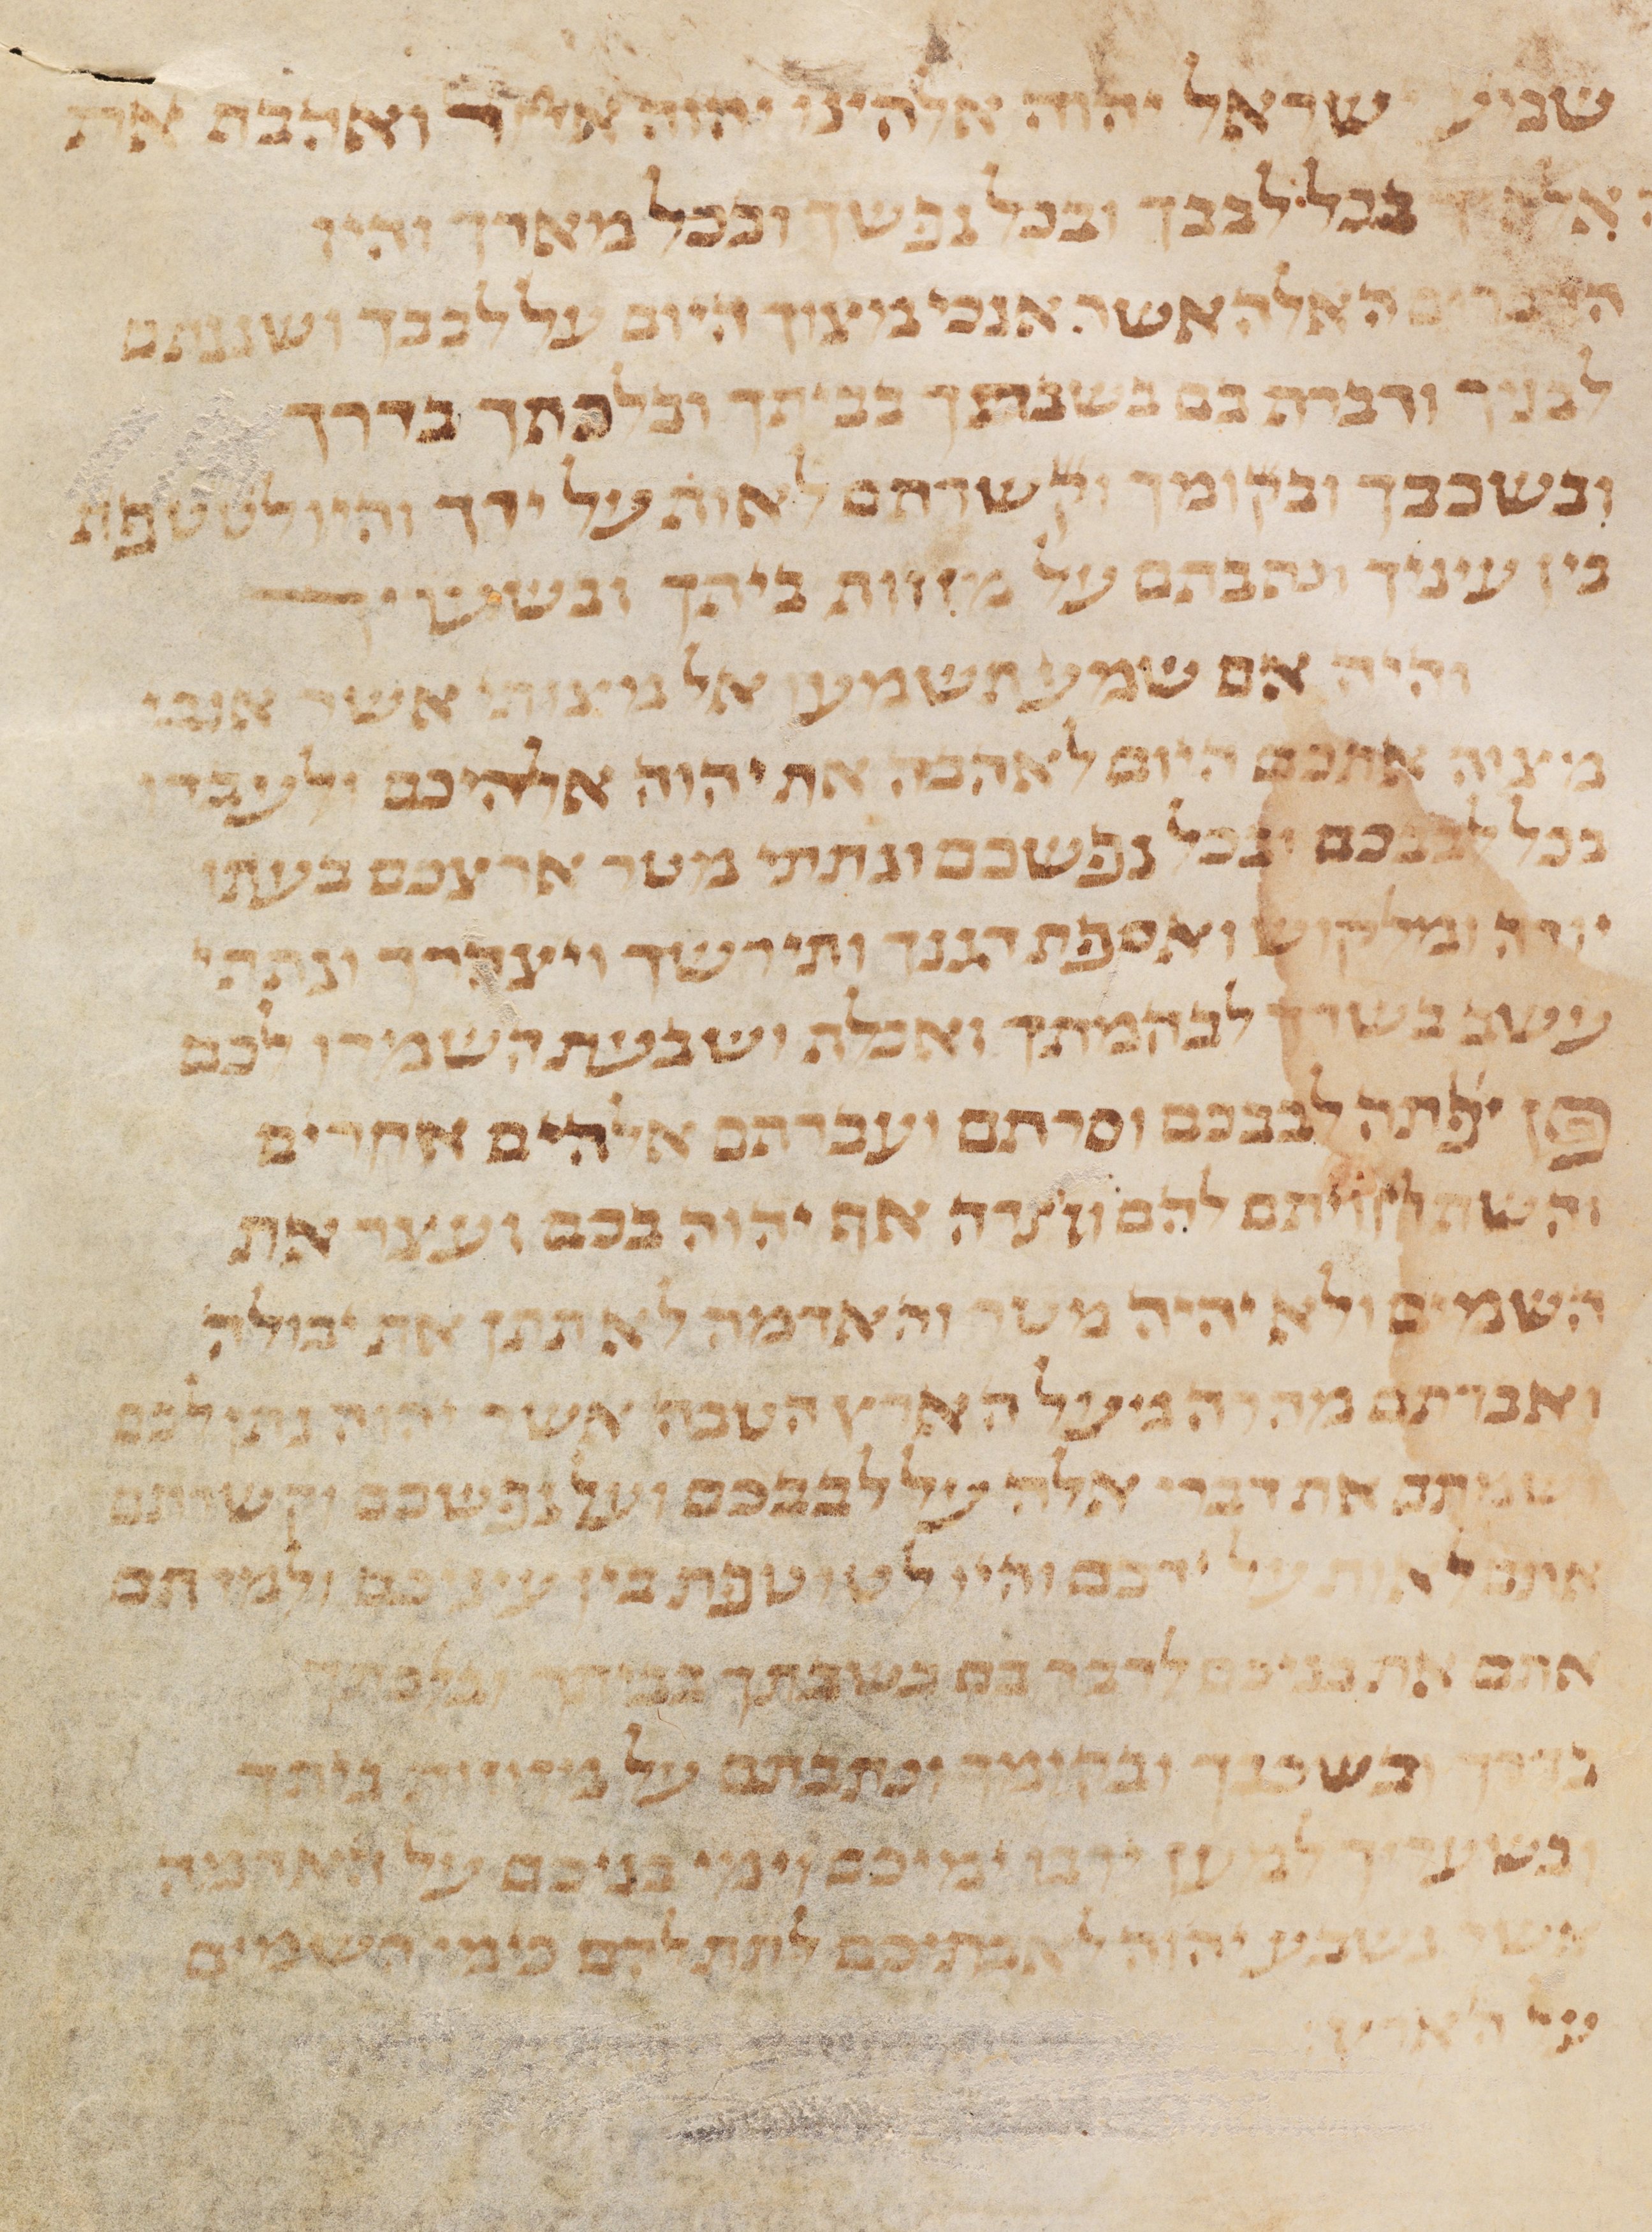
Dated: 1235–1255